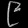
Digit: ၉